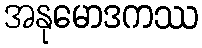
အနုမောဒကဿ